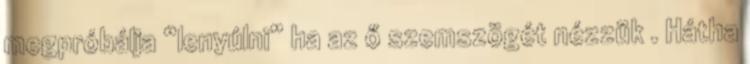
megpróbálja “lenyúlni” ha az ő szemszögét nézzük . Hátha